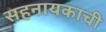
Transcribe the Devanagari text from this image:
सहनायकाची